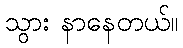
သွား နာနေတယ်။